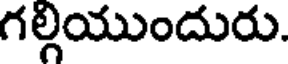
గల్గియుందురు.